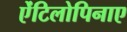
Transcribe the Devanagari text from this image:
ऐंटिलोपिनाए